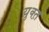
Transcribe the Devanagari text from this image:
युक्त़